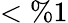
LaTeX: <\% 1